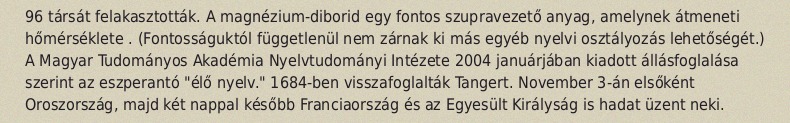
96 társát felakasztották. A magnézium-diborid egy fontos szupravezető anyag, amelynek átmeneti hőmérséklete . (Fontosságuktól függetlenül nem zárnak ki más egyéb nyelvi osztályozás lehetőségét.) A Magyar Tudományos Akadémia Nyelvtudományi Intézete 2004 januárjában kiadott állásfoglalása szerint az eszperantó "élő nyelv." 1684-ben visszafoglalták Tangert. November 3-án elsőként Oroszország, majd két nappal később Franciaország és az Egyesült Királyság is hadat üzent neki.